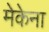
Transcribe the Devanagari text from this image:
मेकेना